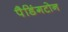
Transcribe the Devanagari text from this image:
पैडिंगटोन